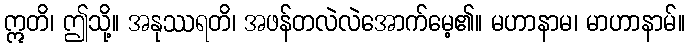
ဣတိ၊ ဤသို့။ အနုဿရတိ၊ အဖန်တလဲလဲအောက်မေ့၏။ မဟာနာမ၊ မာဟာနာမ်။